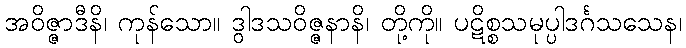
အဝိဇ္ဇာဒီနိ၊ ကုန်သော။ ဒွါဒသဝိဇ္ဇနာနိ၊ တို့ကို။ ပဋိစ္စသမုပ္ပါဒင်္ဂသသေန၊